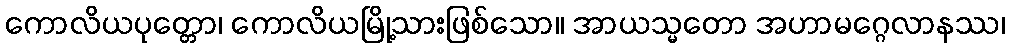
ကောလိယပုတ္တော၊ ကောလိယမြို့သားဖြစ်သော။ အာယသ္မတော အဟာမဂ္ဂေလာနဿ၊